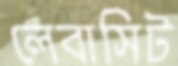
লেবাসিট